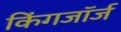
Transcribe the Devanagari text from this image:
किंगजॉर्ज